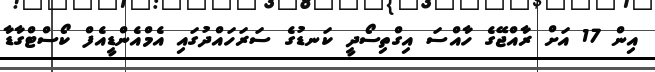
އިން 17 އަށް ރާއްޖޭގެ ހާއްސަ އިގްތިސޯދީ ކަނޑުގެ ސަރަހައްދުގައި އެމްއެންޑީއެފް ކޯސްޓްގާޑާ